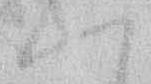
へ